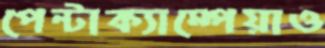
পেন্টাক্যাম্পেয়াও